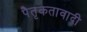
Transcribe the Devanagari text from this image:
पैतृकतावादी